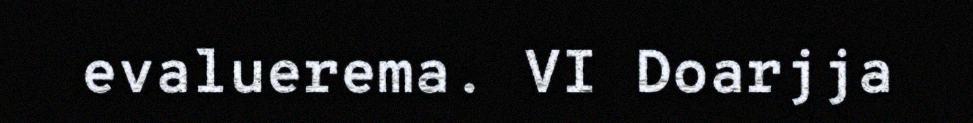
evaluerema. VI Doarjja